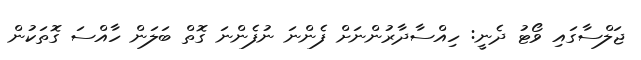
ޖަލްސާގައި ވޯޓު ދެނީ: ހިއްސާދާރުންނަށް ފެންނަ ނުފެންނަ ގޮތް ބަލަން ހާއްސަ ގޮތަކުން